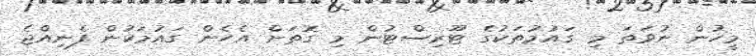
މީހުން ނުވަތަ މި ގައުމުތަކުގެ ޓޫރިސްޓުން މި ގޮތަށް އެހެން ގައުމަކުން ފެނިއްޖެ